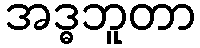
အဒ္ဓဘူတာ